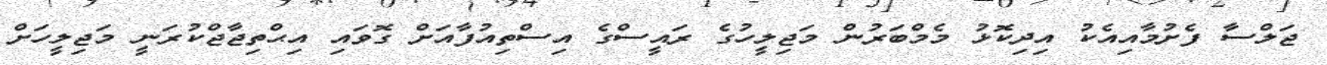
ޖަލްސާ ފެށުމާއިއެކު އިދިކޮޅު މެމްބަރުން މަޖިލީހުގެ ރައީސްގެ އިސްތިއުފާއަށް ގޮވައި އިޙްތިޖާޖްކުރަނީ މަޖިލީހަށް